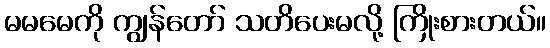
မမမေကို ကျွန်တော် သတိပေးမလို့ ကြိုးစားတယ်။